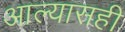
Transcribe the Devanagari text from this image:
आल्यासही